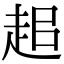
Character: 𧺽